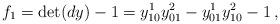
LaTeX: \begin{align*} f_1= \det(dy)-1=y^1_{10}y^2_{01}-y^1_{01}y^2_{10}-1\,, \end{align*}